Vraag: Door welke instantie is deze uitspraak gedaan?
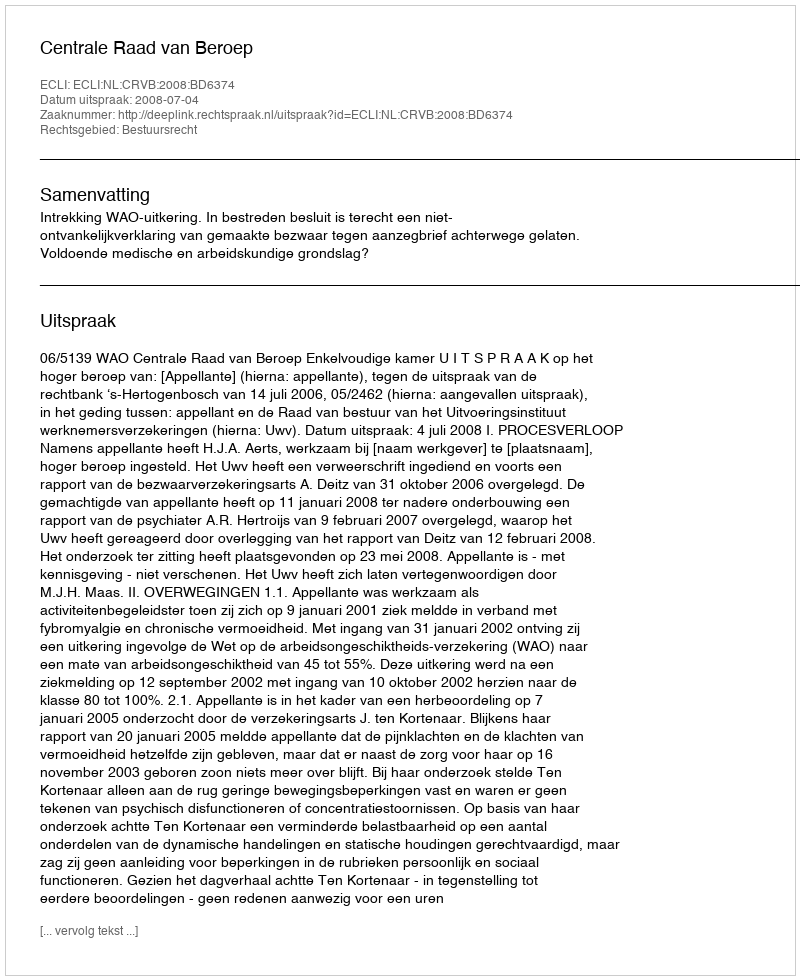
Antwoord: Centrale Raad van Beroep